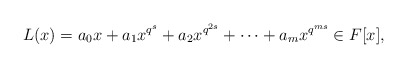
\begin{align*}L(x)=a_0x+a_1x^{q^s}+a_2x^{q^{2s}}+\cdots+a_m x^{q^{ms}} \in F[x],\end{align*}